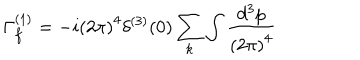
\Gamma _ { f } ^ { ( 1 ) } = - i \left( 2 \pi \right) ^ { 4 } \delta ^ { ( 3 ) } ( 0 ) \sum _ { k } \int \frac { d ^ { 3 } p } { \left( 2 \pi \right) ^ { 4 } }